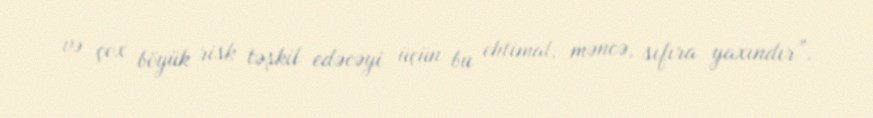
və çox böyük risk təşkil edəcəyi üçün bu ehtimal, məncə, sıfıra yaxındır”.